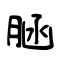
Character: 𦜆